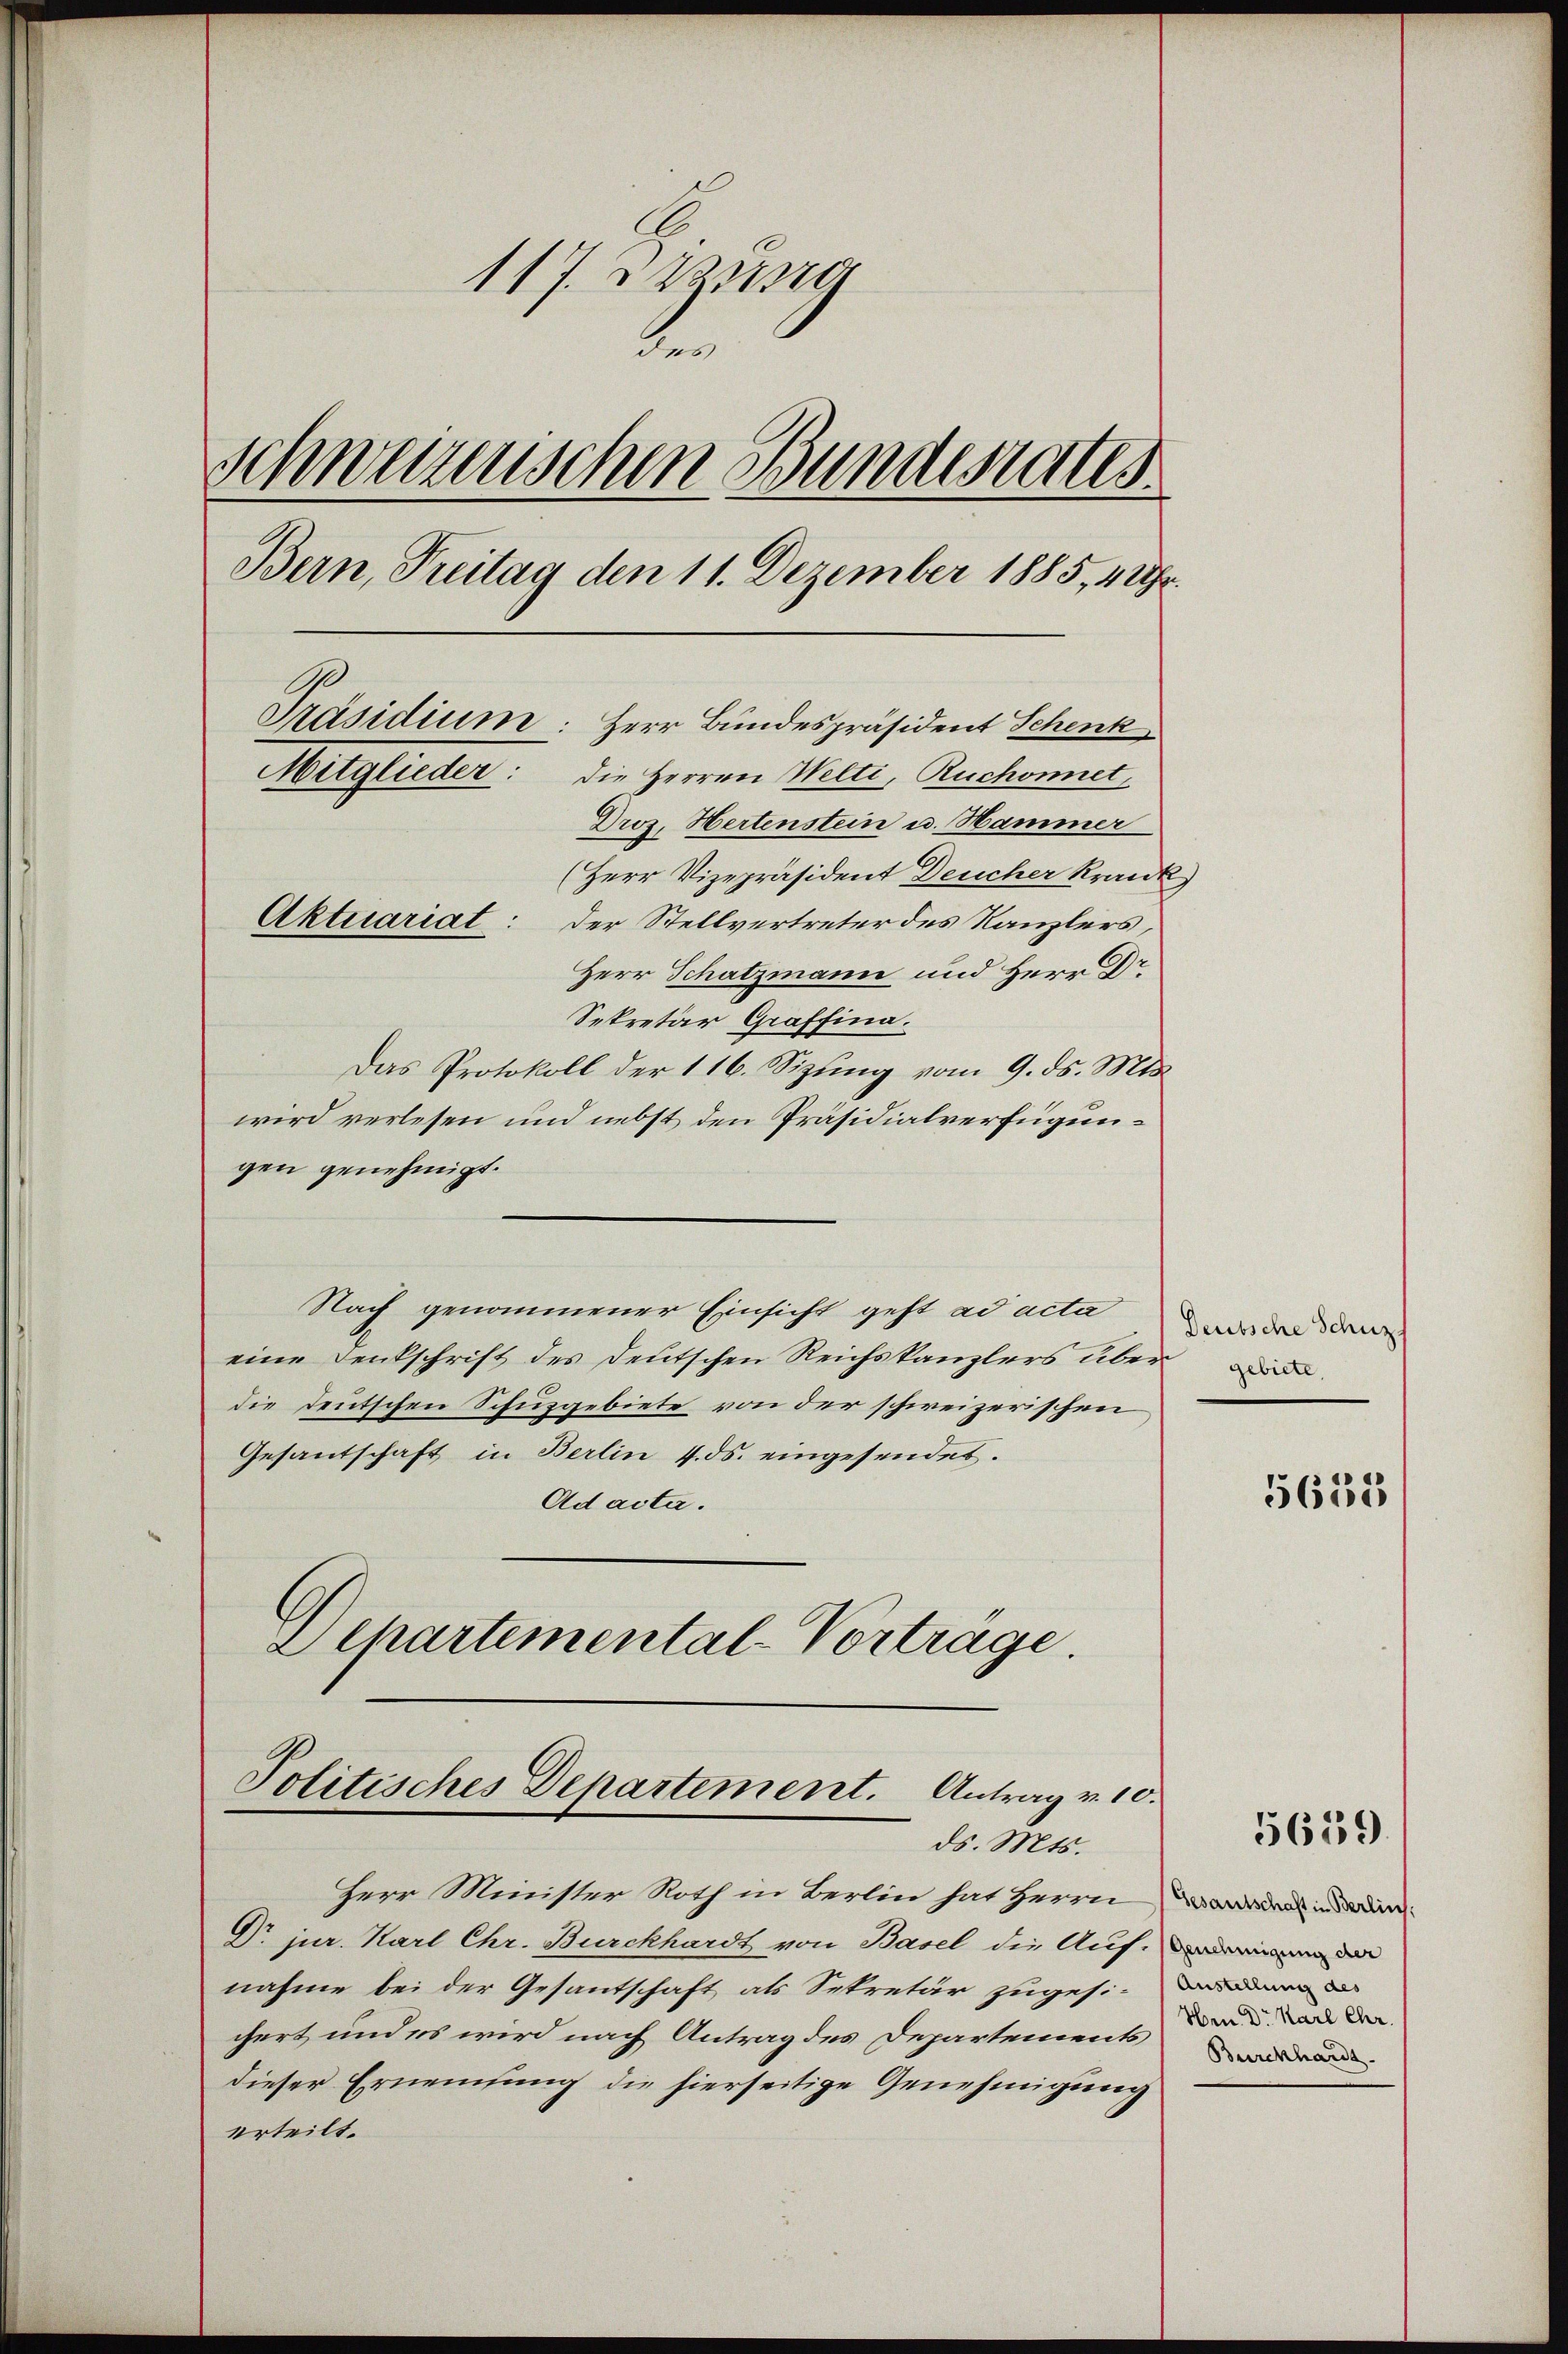
117. Jung
2
Schweizerischen Bundesrates
Bern, Treitag den 11. Dezember 1885, 4 Uhr.
Präsidium
Herr Bundespräsident Schenk
Mitglieder: die Herren Welti, Ruchonnet,
Droz. Hertenstein u. Hammer
(Herr Vizepräsident Deucher Krank
Aktuariat: Der Stellvertreter des Kanzlers,
Herr Schatzmann und Herr Dr.
Sekretär Graffina.

Das Protokoll der 116. Sizung vom 9. ds. Mts.
wird verlesen und nebst den Präsidialverfügungen genehmigt.
Nach genommener Einsicht geht ad acta
eine Denkschrift des deutschen Reichskanzlers überdie deutschen Schuzgebiete von der schweizerischen
Gesantschaft in Berlin 4. ds. eingesendet.
Ad acta.
2 Chartemental-Vorträge.

Herr Minister Noth in Berlin hat Herrn Werden in den
Dr. jur. Karl Chr. Burckhardt von Basel die Auf de
nahme bei der Gesantschaft als Sekretär zugesi
chert und es wird nach Antrag des Departements
dieser Ernennung die hierseitige Genehmigung
erteilt.

Politisches Departement. Antrag v. 10.
ds. Mts.

Deutsche Schuz
gebiete,

5655

5619.

Hrn. Dr. Karl Chr.
Burckhardt.